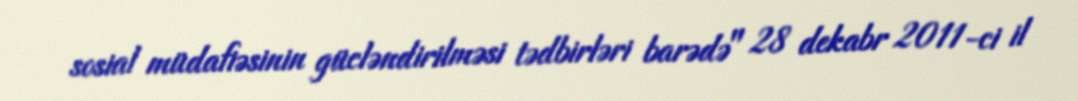
sosial müdafiəsinin gücləndirilməsi tədbirləri barədə" 28 dekabr 2011-ci il